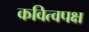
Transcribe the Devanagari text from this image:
कवित्वपक्ष